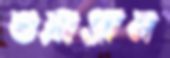
শুয়াগ্রাম